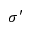
\sigma ^ { \prime }